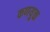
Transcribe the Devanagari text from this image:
कणयुक्त